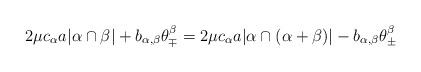
LaTeX: \begin{align*}2\mu c_\alpha a |\alpha \cap \beta| + b_{\alpha, \beta} \theta^\beta_\mp = 2 \mu c_\alpha a | \alpha \cap (\alpha + \beta)| - b_{\alpha, \beta}\theta^\beta_\pm\end{align*}